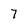
Character: 7